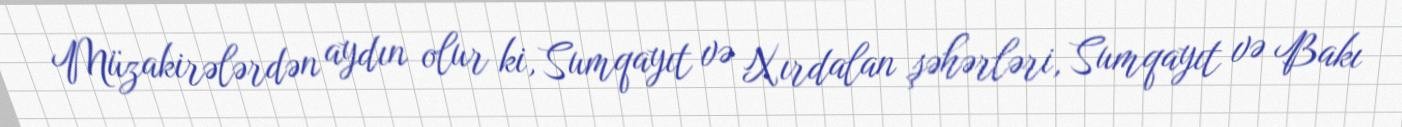
Müzakirələrdən aydın olur ki, Sumqayıt və Xırdalan şəhərləri, Sumqayıt və Bakı